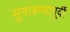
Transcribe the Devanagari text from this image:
सुनावण्यापूर्वी